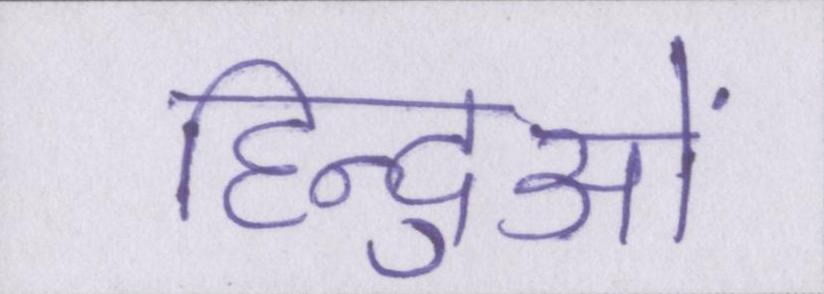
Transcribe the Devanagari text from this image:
हिन्दुओं